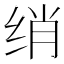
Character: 绡